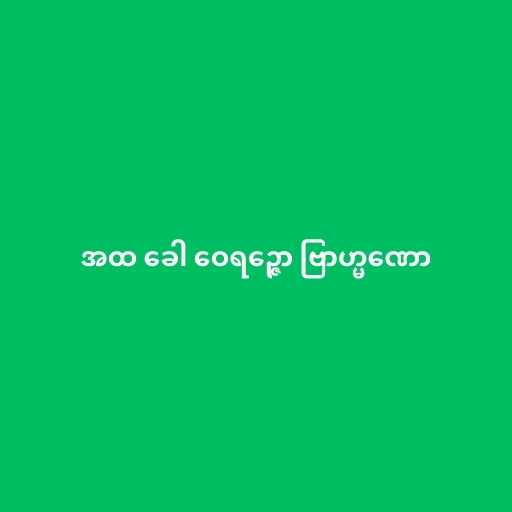
အထ ခေါ ဝေရဉ္ဇော ဗြာဟ္မဏော